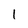
Character: 1